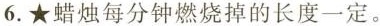
6.★蜡烛每分钟燃烧掉的长度一定。